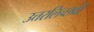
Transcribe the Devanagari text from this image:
उत्तरलिच्छवी